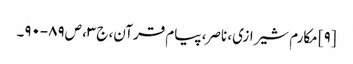
[۹] مکارم شیرازی، ناصر، پیام قرآن، ج‌۳، ص‌۸۹-۹۰۔